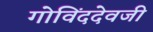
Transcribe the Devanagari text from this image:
गोविंददेवजी